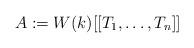
LaTeX: \begin{align*} A := W({k})[[T_1,\ldots, T_n]] \end{align*}